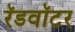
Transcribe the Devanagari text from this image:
रॅडवॉटर